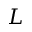
\boldsymbol { L }